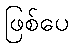
ဖြစ်ပေ